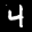
Label: 4